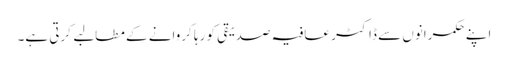
اپنے حکمرانوں سے ڈاکٹر عافیہ صدیقی کو رہا کروانے کے مطالبے کرتی ہے۔